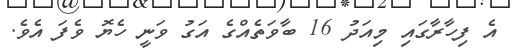
އެ ފިހާރާގައި މިއަދު 16 ބާވަތެއްގެ އަގު ވަނީ ހެޔޮ ވެފަ އެވެ.